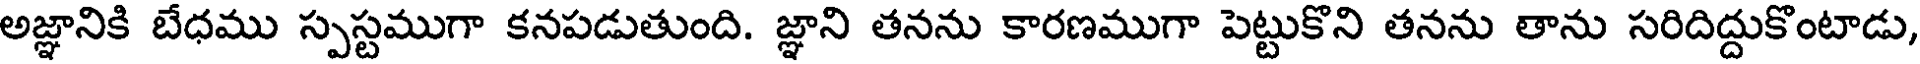
అజ్ఞానికి బేధము స్పస్టముగా కనపడుతుంది. జ్ఞాని తనను కారణముగా పెట్టుకొని తనను తాను సరిదిద్దుకొంటాడు,